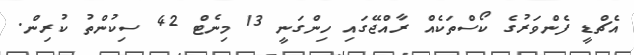
އެޗްޑީ ފެންވަރުގެ ކޯސްތަކެއް ރާއްޖޭގައި ހިންގަނީ 13 މިނެޓް 42 ސިކުންތު ކުރިން.